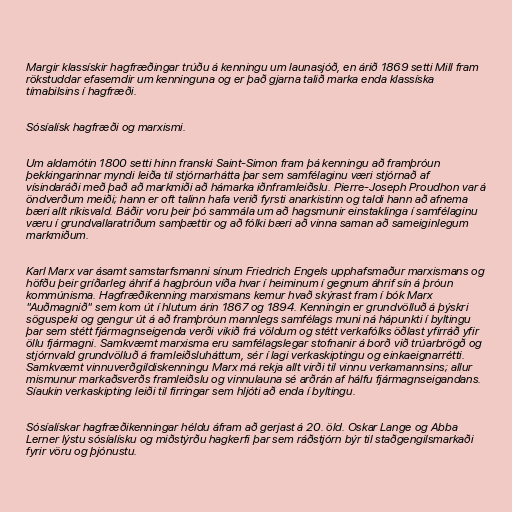
Margir klassískir hagfræðingar trúðu á kenningu um launasjóð, en árið 1869 setti Mill fram
rökstuddar efasemdir um kenninguna og er það gjarna talið marka enda klassíska
tímabilsins í hagfræði.

Sósíalísk hagfræði og marxismi.

Um aldamótin 1800 setti hinn franski Saint-Simon fram þá kenningu að framþróun
þekkingarinnar myndi leiða til stjórnarhátta þar sem samfélaginu væri stjórnað af
vísindaráði með það að markmiði að hámarka iðnframleiðslu. Pierre-Joseph Proudhon var á
öndverðum meiði; hann er oft talinn hafa verið fyrsti anarkistinn og taldi hann að afnema
bæri allt ríkisvald. Báðir voru þeir þó sammála um að hagsmunir einstaklinga í samfélaginu
væru í grundvallaratriðum samþættir og að fólki bæri að vinna saman að sameiginlegum
markmiðum.

Karl Marx var ásamt samstarfsmanni sínum Friedrich Engels upphafsmaður marxismans og
höfðu þeir gríðarleg áhrif á hagþróun víða hvar í heiminum í gegnum áhrif sín á þróun
kommúnisma. Hagfræðikenning marxismans kemur hvað skýrast fram í bók Marx
"Auðmagnið" sem kom út í hlutum árin 1867 og 1894. Kenningin er grundvölluð á þýskri
söguspeki og gengur út á að framþróun mannlegs samfélags muni ná hápunkti í byltingu
þar sem stétt fjármagnseigenda verði vikið frá völdum og stétt verkafólks öðlast yfirráð yfir
öllu fjármagni. Samkvæmt marxisma eru samfélagslegar stofnanir á borð við trúarbrögð og
stjórnvald grundvölluð á framleiðsluháttum, sér í lagi verkaskiptingu og einkaeignarrétti.
Samkvæmt vinnuverðgildiskenningu Marx má rekja allt virði til vinnu verkamannsins; allur
mismunur markaðsverðs framleiðslu og vinnulauna sé arðrán af hálfu fjármagnseigandans.
Síaukin verkaskipting leiði til firringar sem hljóti að enda í byltingu.

Sósíalískar hagfræðikenningar héldu áfram að gerjast á 20. öld. Oskar Lange og Abba
Lerner lýstu sósíalísku og miðstýrðu hagkerfi þar sem ráðstjórn býr til staðgengilsmarkaði
fyrir vöru og þjónustu.